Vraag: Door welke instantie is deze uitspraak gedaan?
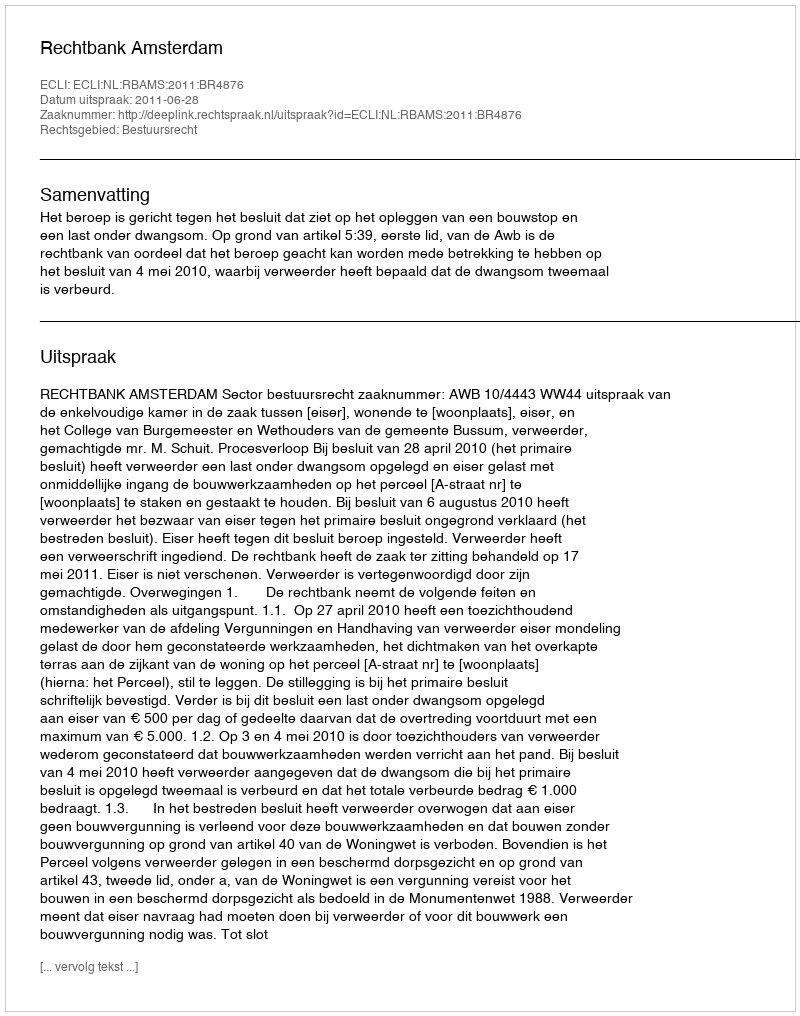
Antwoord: Rechtbank Amsterdam